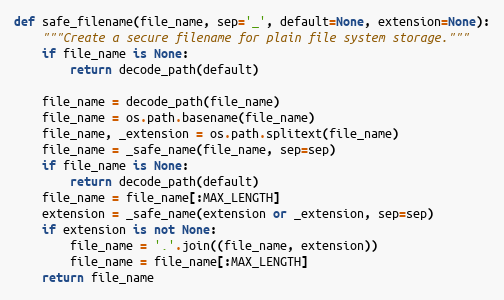
Language: Python
def safe_filename(file_name, sep='_', default=None, extension=None):
    """Create a secure filename for plain file system storage."""
    if file_name is None:
        return decode_path(default)

    file_name = decode_path(file_name)
    file_name = os.path.basename(file_name)
    file_name, _extension = os.path.splitext(file_name)
    file_name = _safe_name(file_name, sep=sep)
    if file_name is None:
        return decode_path(default)
    file_name = file_name[:MAX_LENGTH]
    extension = _safe_name(extension or _extension, sep=sep)
    if extension is not None:
        file_name = '.'.join((file_name, extension))
        file_name = file_name[:MAX_LENGTH]
    return file_name